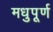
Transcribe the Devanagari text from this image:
मधुपूर्ण